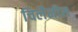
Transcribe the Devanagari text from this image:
चिलैनीस